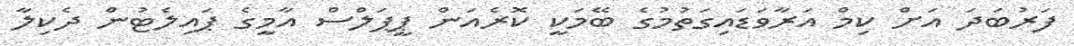
ފަރުބަދަ އަށް ކިމް އަރާވަޑައިގަތުމުގެ ބޭމަކީ ކޮރެއަން ޕީޕަލްސް އާމީގެ ޕައިލެޓުން ދެކިލާ